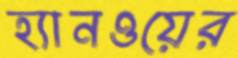
হ্যানওয়ের